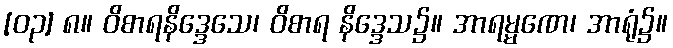
[၀၃] ၈။ ဝိစာရနိဒ္ဒေသေ၊ ဝိစာရ နိဒ္ဒေသ၌။ အာရမ္မဏေ၊ အာရုံ၌။